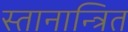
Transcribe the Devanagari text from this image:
स्तानान्त्रित